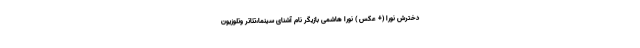
دخترش نورا (+ عکس ) نورا هاشمی بازیگر نام آشنای سینما،تئاتر وتلوزیون